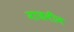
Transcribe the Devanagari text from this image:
नाजनीन